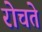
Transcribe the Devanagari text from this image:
रोचते